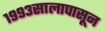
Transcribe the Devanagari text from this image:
१९९३सालापासून